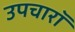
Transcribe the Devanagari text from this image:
उपचारॉ